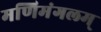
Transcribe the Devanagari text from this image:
मणिमंगलम्